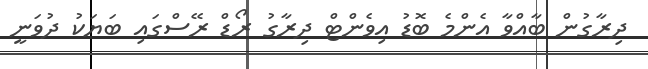
ދިރާގުން ބާއްވާ އެންމެ ބޮޑު އިވެންޓް ދިރާގު ރޯޑް ރޭސްގައި ބަޔަކު ދުވަނީ